Reports on dispensaries and lunatic asylums in the Province of Oudh - 1869-1876
Year: 1869
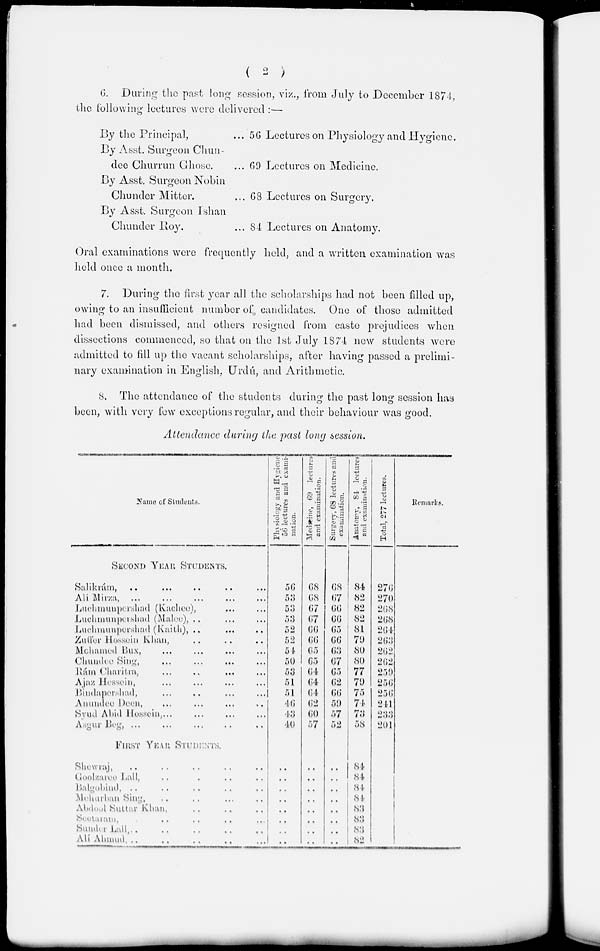
( 2 )
6. During the past long session, viz., from July to December 1874.
the following lectures were delivered :—
By the Principal,
By Asst. Surgeon Chun-
dee Churrun Ghose.
By Asst Surgeon Nobin
Chunder Mitter.
By Asst. Surgeon Ishan
Chunder Roy.
... 56 Lectures on Physiology and Hygiene.
... 69 Lectures on Medicine.
... 68 Lectures on Surgery.
... 84 Lectures on Anatomy.
Oral examinations were frequently held, and a written examination was
held once a month.
7. During the first year all the scholarships had not been filled up,
owing to an insufficient number of candidates. One of those admitted
had been dismissed, and others resigned from caste prejudices when
dissections commenced, so that on the 1st July 1874 new students were
admitted to fill up the vacant scholarships, after having passed a prelimi-
nary examination in English, Urdú, and Arithmetic.
8. The attendance of the students during the past long session has
been, with very few exceptions regular, and their behaviour was good.
Attendance during the past long session.
Name of Students.
SECOND YEAR STUDENTS.
Salikrám, ... ... ... ... ...
Ali Mirza, ... ... ...
Luchmunpersad (Kachee), ... ...
Luchmunpershad
(Malee), ... ... ...
Luchmunpersad
(Kaith), ... ... ...
Zuffer Hossein Khan, ... ... ...
Mohamed Bux, ... ... ... ...
Chundee Sing, ... ... ... ...
Rám Charitra ... ... ... ...
Ajaz Hossein, ... ... ... ...
Bindrapershad, ... ... ... ...
Anundee Deen, ... ... ... ... ...
Syud Abid Hossein, ... ... ... ...
Asgur
Beg, ... ... ... ... ...
FIRST YEAR STUDENTS.
Shewraj, ... ... ... ... ...
Goolzaree Lall, ... ... ... ...
Balgobind,
. . ... ... ... ...
Meharban Sing ... ... ... ...
Abdool Suttar Khan ... ... ... ...
Seetaram ... ... ... ... ...
Sundar Lall, ... ... ... ... ...
Alí Ahmud, ... ... ... ... ...
Physiology
and Hygiene
56 lectures and exami-
nation.
56
53
53
53
52
52
54
50
53
51
51
46
43
40
..
..
..
..
..
..
..
..
Medicine, 69 lectures
and examination.
68
68
67
67
66
66
65
65
64
64
64
62
60
57
..
..
..
..
..
..
..
..
Surgery, 68 lectures and
examination.
68
67
66
66
65
66
63
67
65
62
66
59
57
52
..
..
..
..
..
..
..
..
Anatomy, 84 lectures
and examination.
84
82
82
82
81
79
80
80
77
79
75
74
73
58
84
84
84
84
83
83
83
82
Total, 277 lectures.
276
270
268
268
264
263
262
262
259
256
256
241
233
201
Remarks.